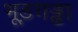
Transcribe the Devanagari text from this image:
भूड़गड्ढा